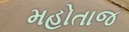
મહોતાજ